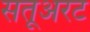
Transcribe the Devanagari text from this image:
सतूअरट